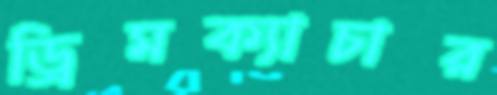
ড্রিমক্যাচার